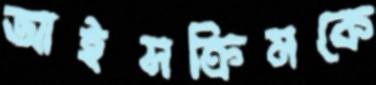
আইসক্রিমকে